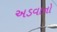
અડવાનો